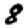
Digit: 8